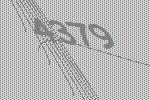
4379